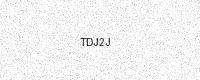
Text: TDJ2J